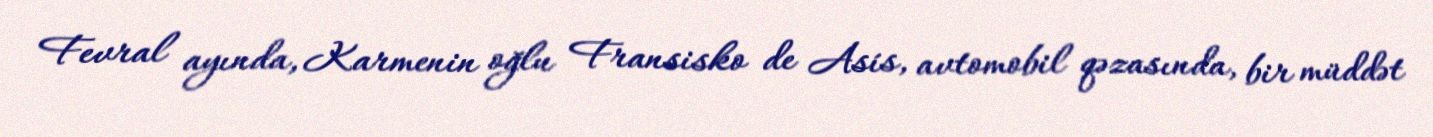
Fevral ayında, Karmenin oğlu Fransisko de Asís, avtomobil qəzasında, bir müddət